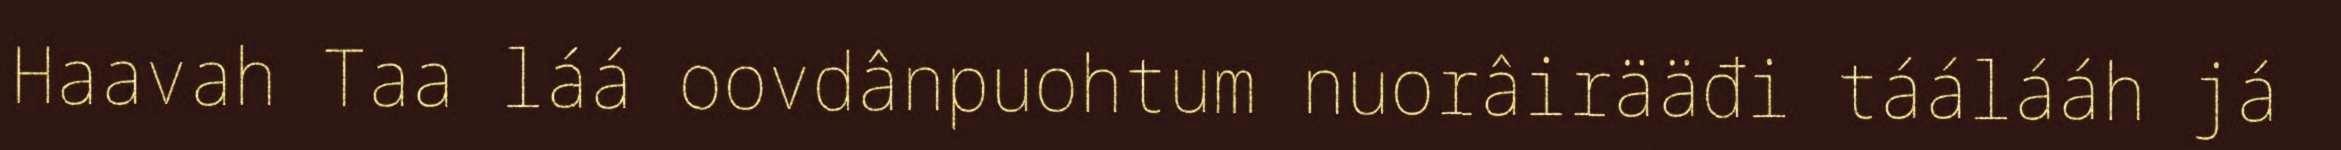
Haavah Taa láá oovdânpuohtum nuorâirääđi táálááh já